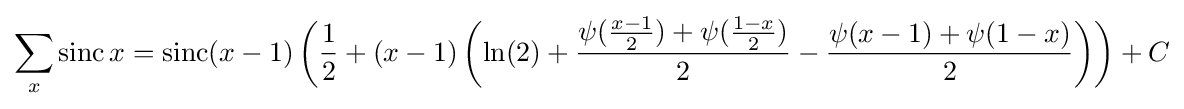
\sum _{x}\operatorname {sinc} x=\operatorname {sinc} (x-1)\left({\frac {1}{2}}+(x-1)\left(\ln(2)+{\frac {\psi ({\frac {x-1}{2}})+\psi ({\frac {1-x}{2}})}{2}}-{\frac {\psi (x-1)+\psi (1-x)}{2}}\right)\right)+C